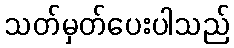
သတ်မှတ်ပေးပါသည်